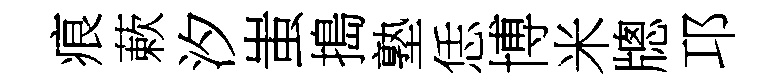
痕蔌汐蚩搗塾恁博米牕邛